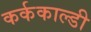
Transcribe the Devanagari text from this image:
कर्ककाल्डी